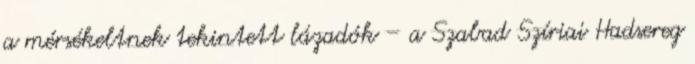
a mérsékeltnek tekintett lázadók – a Szabad Szíriai Hadsereg